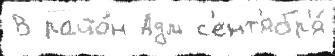
В райо́н Адм с'ент'ябр'я́